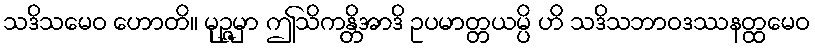
သဒိသမေဝ ဟောတိ။ မုဉ္ဇမှာ ဤသိကန္တိအာဒိ ဥပမာတ္တယမ္ပိ ဟိ သဒိသဘာဝဒဿနတ္ထမေဝ